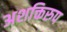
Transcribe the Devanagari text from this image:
अशक्तिरुप